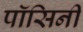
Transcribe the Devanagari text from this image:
पॉसिनी